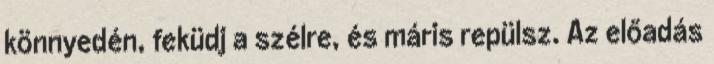
könnyedén, feküdj a szélre, és máris repülsz. Az előadás